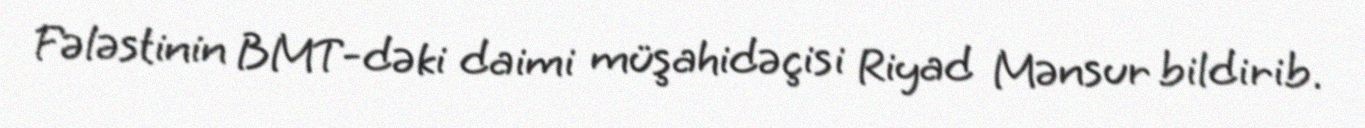
Fələstinin BMT-dəki daimi müşahidəçisi Riyad Mənsur bildirib.